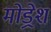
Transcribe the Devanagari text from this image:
मोड्रेशं